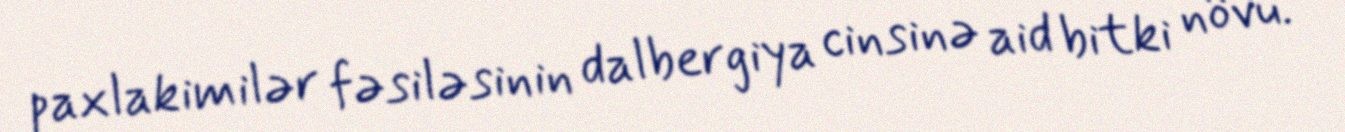
paxlakimilər fəsiləsinin dalbergiya cinsinə aid bitki növü.